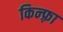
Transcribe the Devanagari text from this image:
किन्फ़्रा